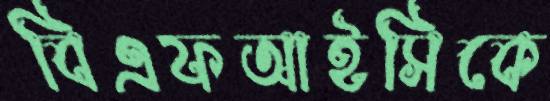
বিএফআইসিকে